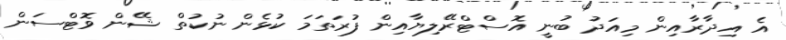
އެ އިދާރާއިން މިއަދު ބުނީ އޮސްޓްރޭލިޔާއިން ފުރަތަމަ ކުޅެން ނުކުތް ޝޭން ވޮޓްސަން